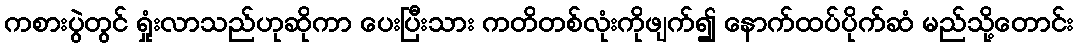
ကစားပွဲတွင် ရှုံးလာသည်ဟုဆိုကာ ပေးပြီးသား ကတိတစ်လုံးကိုဖျက်၍ နောက်ထပ်ပိုက်ဆံ မည်သို့တောင်း